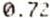
0.72